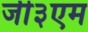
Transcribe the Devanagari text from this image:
जी३एम